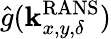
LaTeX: \hat{g}(\mathbf{k}_{x,y,\delta}^{\mathrm{RANS}})